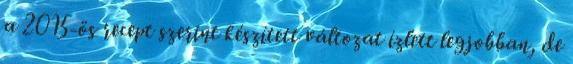
a 2015-ös recept szerint készített változat ízlett legjobban, de